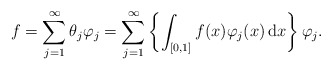
\begin{align*} f = \sum_{j=1}^\infty \theta_j\varphi_j = \sum_{j=1}^\infty \left\{\int_{[0, 1]} f(x) \varphi_j(x)\, \mathrm{d}x \right\} \varphi_j.\end{align*}